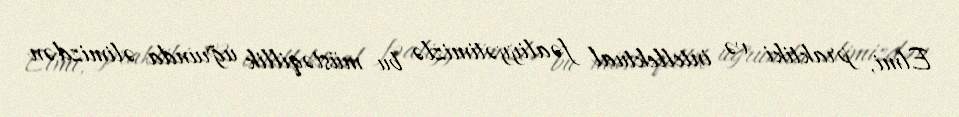
Elmi, praktiki və intellektual fəaliyyətimizlə bu müstəqillik uğrunda əlimizdən